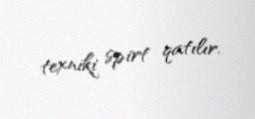
texniki spirt qatılır.